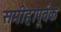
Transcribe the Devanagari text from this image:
समीहापूर्वक